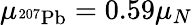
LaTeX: \mu_{^{207}\mathrm{{Pb}}}=0.59\mu_{N}